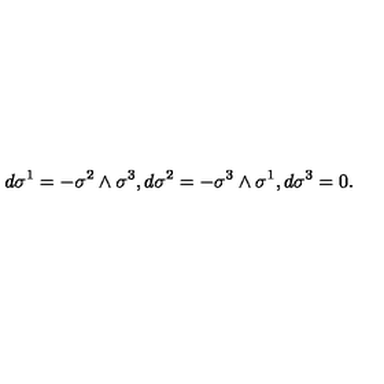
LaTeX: d \sigma ^ { 1 } = - \sigma ^ { 2 } \wedge \sigma ^ { 3 } , d \sigma ^ { 2 } = - \sigma ^ { 3 } \wedge \sigma ^ { 1 } , d \sigma ^ { 3 } = 0 .